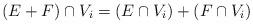
LaTeX: \begin{gather*}(E + F) \cap V_i = (E \cap V_i) + (F \cap V_i)\end{gather*}